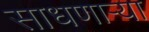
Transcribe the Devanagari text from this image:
साधणार्‍या